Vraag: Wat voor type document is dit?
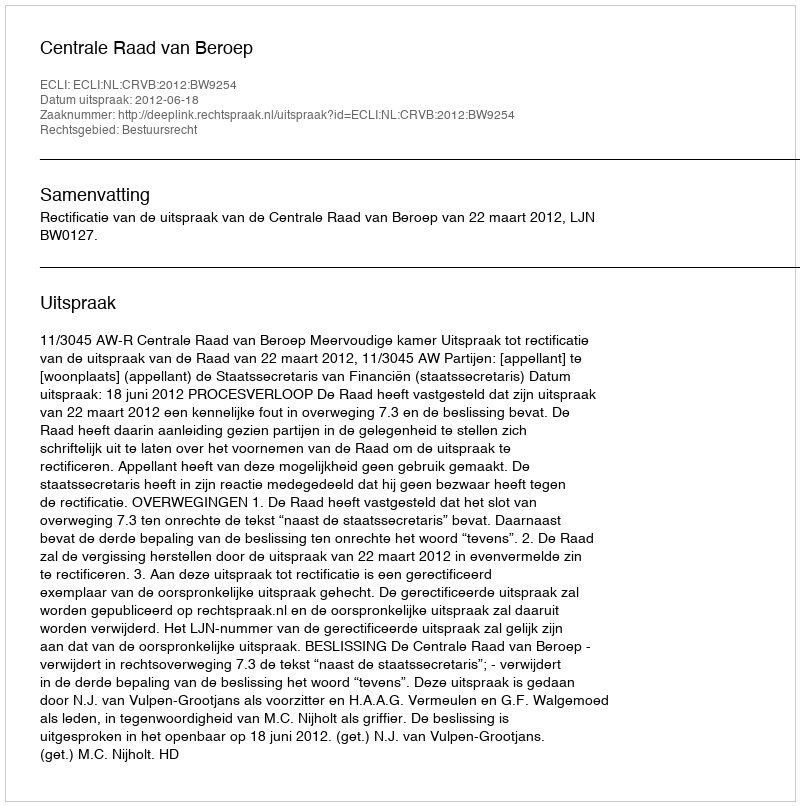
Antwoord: Uitspraak